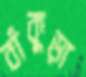
বাঁকুড়া